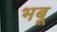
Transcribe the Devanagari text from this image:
भबू